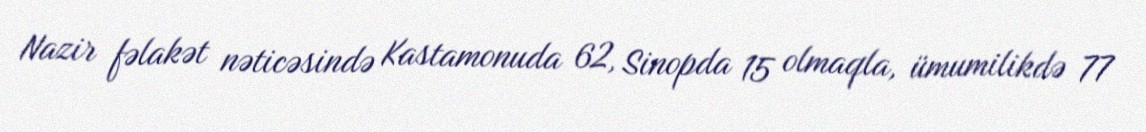
Nazir fəlakət nəticəsində Kastamonuda 62, Sinopda 15 olmaqla, ümumilikdə 77